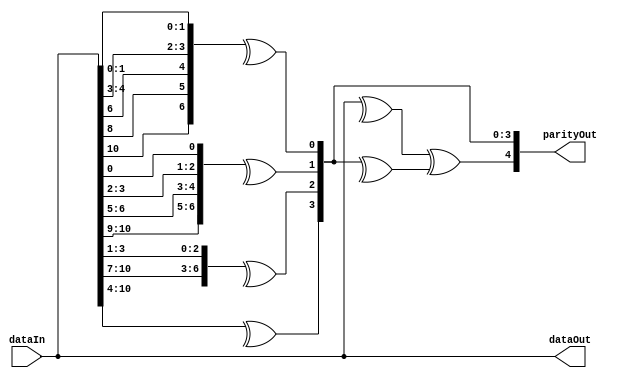
// Generator : SpinalHDL v1.10.0    git head : 270018552577f3bb8e5339ee2583c9c22d324215
// Component : EccSecDedEncode
// Git hash  : 13b19e6dddb1a36b08909f856a1b53ea696b0045

`timescale 1ns/1ps

module EccSecDedEncode (
  input  wire [10:0]   dataIn,
  output wire [10:0]   dataOut,
  output reg  [4:0]    parityOut
);

  wire       [0:0]    tempz_parityOut;
  wire       [4:0]    tempz_parityOut_1;
  wire                parity_0;
  wire                parity_1;
  wire                parity_2;
  wire                parity_3;
  wire                data_0;
  wire                data_1;
  wire                data_2;
  wire                data_3;
  wire                data_4;
  wire                data_5;
  wire                data_6;
  wire                data_7;
  wire                data_8;
  wire                data_9;
  wire                data_10;

  assign tempz_parityOut = data_5;
  assign tempz_parityOut_1 = {data_4,{data_3,{data_2,{data_1,data_0}}}};
  assign dataOut = dataIn;
  assign data_0 = dataIn[0];
  assign data_1 = dataIn[1];
  assign data_2 = dataIn[2];
  assign data_3 = dataIn[3];
  assign data_4 = dataIn[4];
  assign data_5 = dataIn[5];
  assign data_6 = dataIn[6];
  assign data_7 = dataIn[7];
  assign data_8 = dataIn[8];
  assign data_9 = dataIn[9];
  assign data_10 = dataIn[10];
  assign parity_0 = (^{data_10,{data_8,{data_6,{data_4,{data_3,{data_1,data_0}}}}}});
  assign parity_1 = (^{data_10,{data_9,{data_6,{data_5,{data_3,{data_2,data_0}}}}}});
  assign parity_2 = (^{data_10,{data_9,{data_8,{data_7,{data_3,{data_2,data_1}}}}}});
  assign parity_3 = (^{data_10,{data_9,{data_8,{data_7,{data_6,{data_5,data_4}}}}}});
  always @(*) begin
    parityOut[4] = ((^{data_10,{data_9,{data_8,{data_7,{data_6,{tempz_parityOut,tempz_parityOut_1}}}}}}) ^ (^{parity_3,{parity_2,{parity_1,parity_0}}}));
    parityOut[3 : 0] = {parity_3,{parity_2,{parity_1,parity_0}}};
  end


endmodule